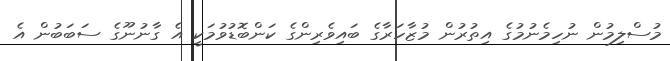
މުސްލިމުން ނުހިމެނުމުގެ އިތުރުން މުޒާހަރާގެ ބައިވެރިންގެ ކަންބޮޑުވުމަކީ އެ ގާނުނޫގެ ސަބަބުން އެ